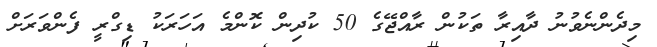
މިދެންނެވުނު ދާއިރާ ތަކުން ރާއްޖޭގެ 50 ކުދިން ކޮންމެ އަހަރަކު ޑިގްރީ ފެންވަރަށް